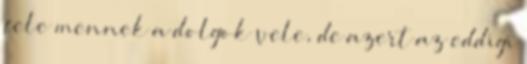
fele mennek a dolgok vele, de azert az eddigi